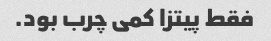
فقط پیتزا کمی چرب بود.